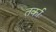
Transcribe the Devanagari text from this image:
तर्काः